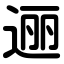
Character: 逦